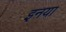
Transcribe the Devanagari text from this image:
इनया